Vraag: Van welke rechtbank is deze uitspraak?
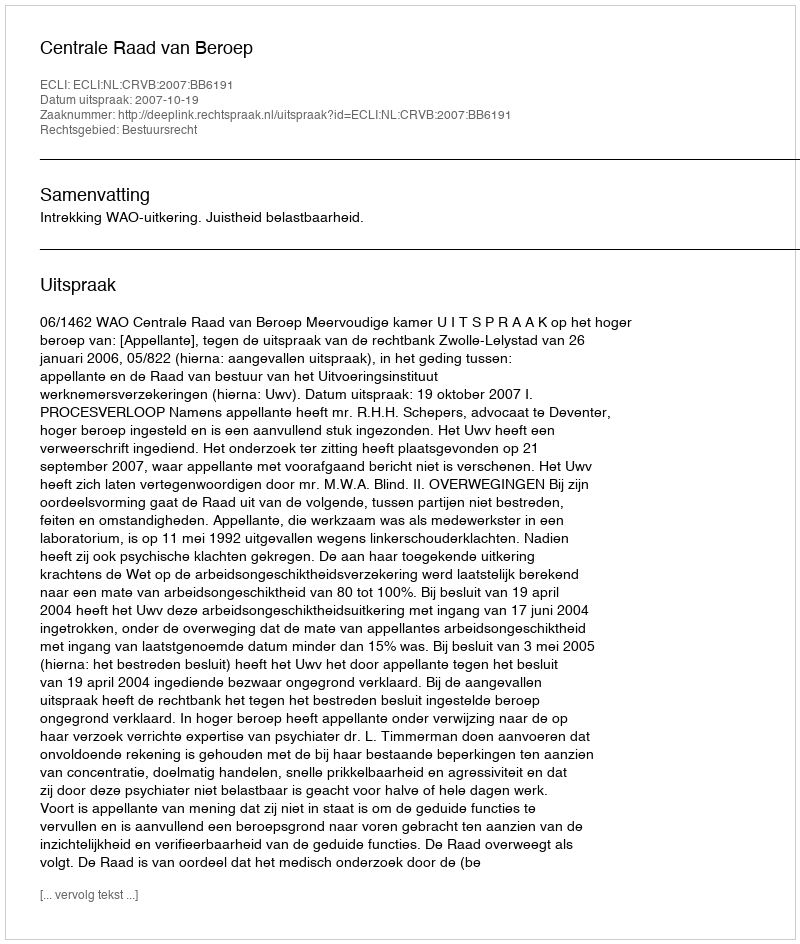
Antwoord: Centrale Raad van Beroep